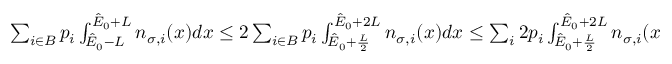
\begin{array} { r } { \sum _ { i \in B } p _ { i } \int _ { \hat { E } _ { 0 } - L } ^ { \hat { E } _ { 0 } + L } n _ { \sigma , i } ( x ) d x \leq 2 \sum _ { i \in B } p _ { i } \int _ { \hat { E } _ { 0 } + \frac { L } { 2 } } ^ { \hat { E } _ { 0 } + 2 L } n _ { \sigma , i } ( x ) d x \leq \sum _ { i } 2 p _ { i } \int _ { \hat { E } _ { 0 } + \frac { L } { 2 } } ^ { \hat { E } _ { 0 } + 2 L } n _ { \sigma , i } ( x ) d x \leq 2 c ^ { \prime } \epsilon ^ { 2 } \eta ^ { 2 } . } \end{array}